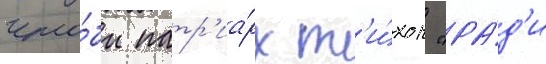
что́бы патр'иа́рх т'и́хон "ра́д'и